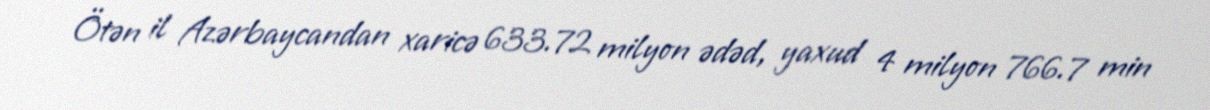
Ötən il Azərbaycandan xaricə 633.72 milyon ədəd, yaxud 4 milyon 766.7 min